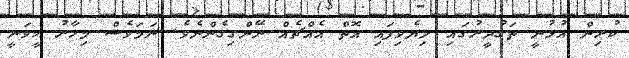
ކުރިން އުޅުނީ ތަގުދީރުގައި ލިޔެވިފައި އޮތް އެއްޗެއް ނޭންގިގެންނެވެ. ނަމަވެސް މިހާރު ހީވަނީ